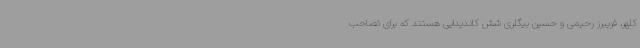
کلهر، فریبرز رحیمی و حسین بیگلری شش کاندیدایی هستند که برای تصاحب